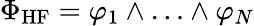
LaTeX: \Phi_{\mathrm{HF}}=\varphi_{1}\wedge\ldots\wedge\varphi_{N}